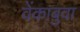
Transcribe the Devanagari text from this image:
वेंकाबुवा